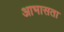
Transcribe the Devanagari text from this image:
आभासता